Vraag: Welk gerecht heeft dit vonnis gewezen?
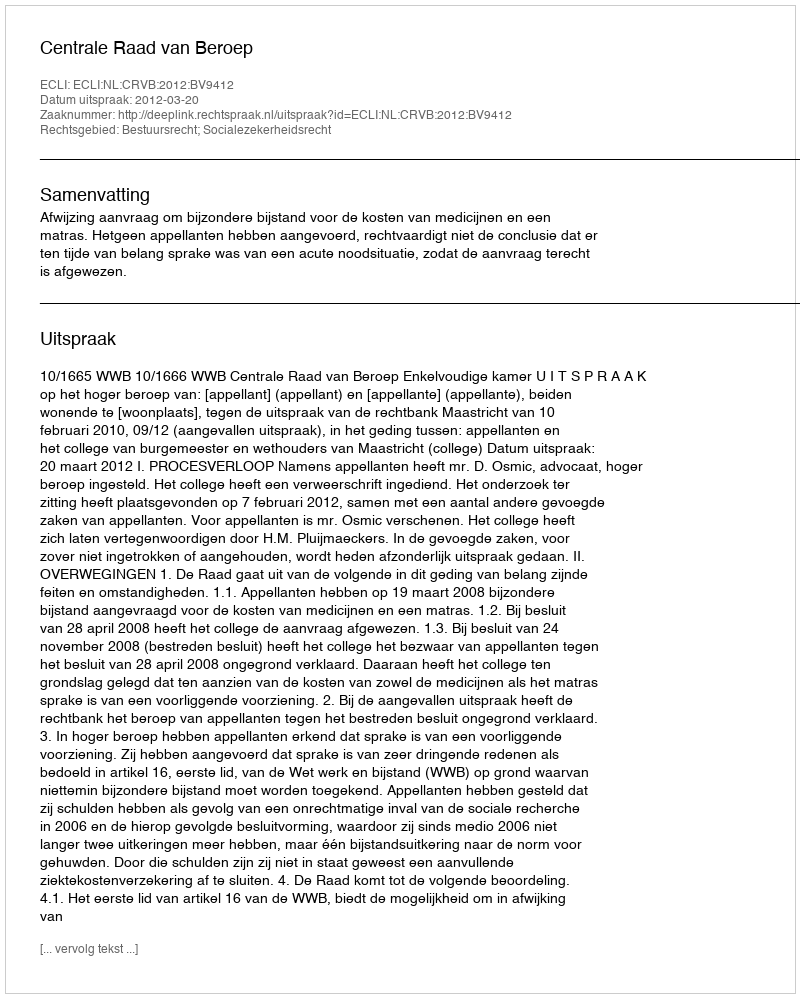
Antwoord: Centrale Raad van Beroep